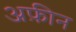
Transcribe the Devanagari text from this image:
अफ़ीन